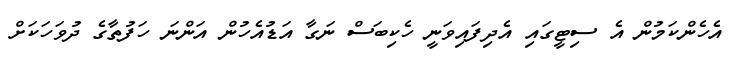
އެހެންކަމުން އެ ސިޓީގައި އެދިފައިވަނީ ހެކިބަސް ނަގާ އަޑުއެހުން އަންނަ ހަފުތާގެ ދުވަހަކަށް